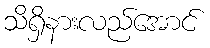
သိရှိနားလည်အောင်